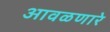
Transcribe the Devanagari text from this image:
आवळणारे